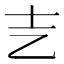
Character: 㐊